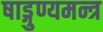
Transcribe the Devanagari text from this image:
षाड्गुण्यमन्त्र